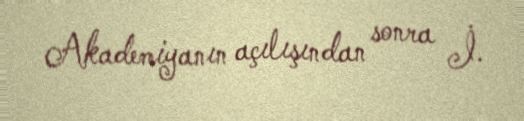
Akademiyanın açılışından sonra İ.